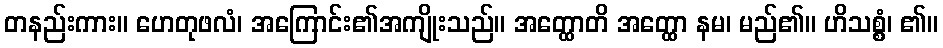
တနည်းကား။ ဟေတုဖလံ၊ အကြောင်း၏အကျိုးသည်။ အတ္ထောတိ အတ္ထော နမ၊ မည်၏။ ဟိသစ္စံ၊ ၏။